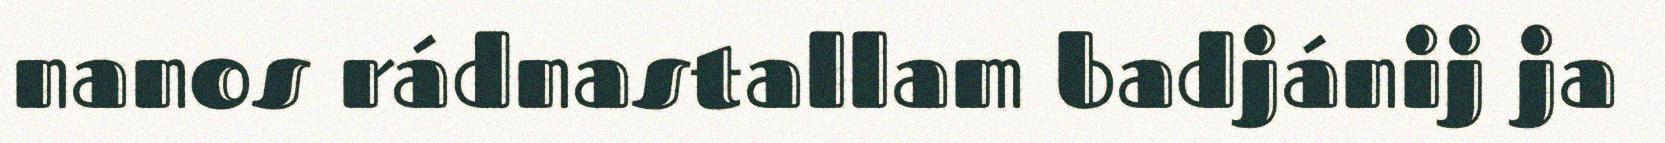
nanos rádnastallam badjánij ja